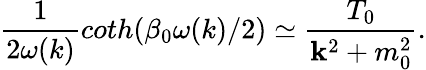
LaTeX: \frac{1}{2\omega(k)}coth(\beta_{0}\omega(k)/2)\simeq\frac{T_{0}}{{\mathbf k}^{2}+m_{0}^{2}}.